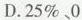
D.25\%、0